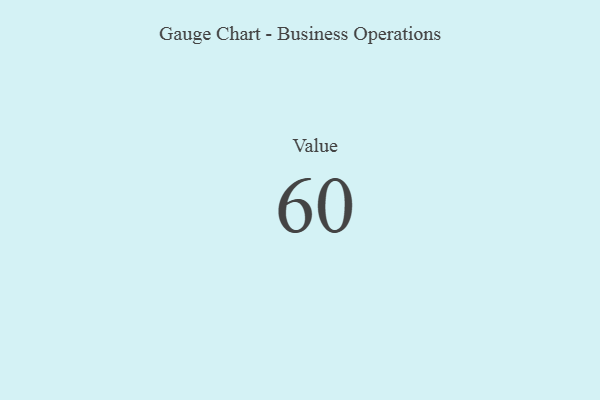
{"axis": {"x": "Metric", "y": "Value"}, "legend": [""], "data": [{"x": "Value", "y": 60, "type": ""}]}